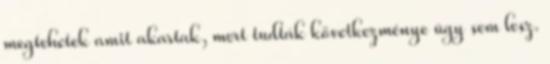
megtehetek amit akartak, mert tudták következménye úgy sem lesz.